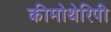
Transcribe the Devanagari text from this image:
कीमोथेरिपी